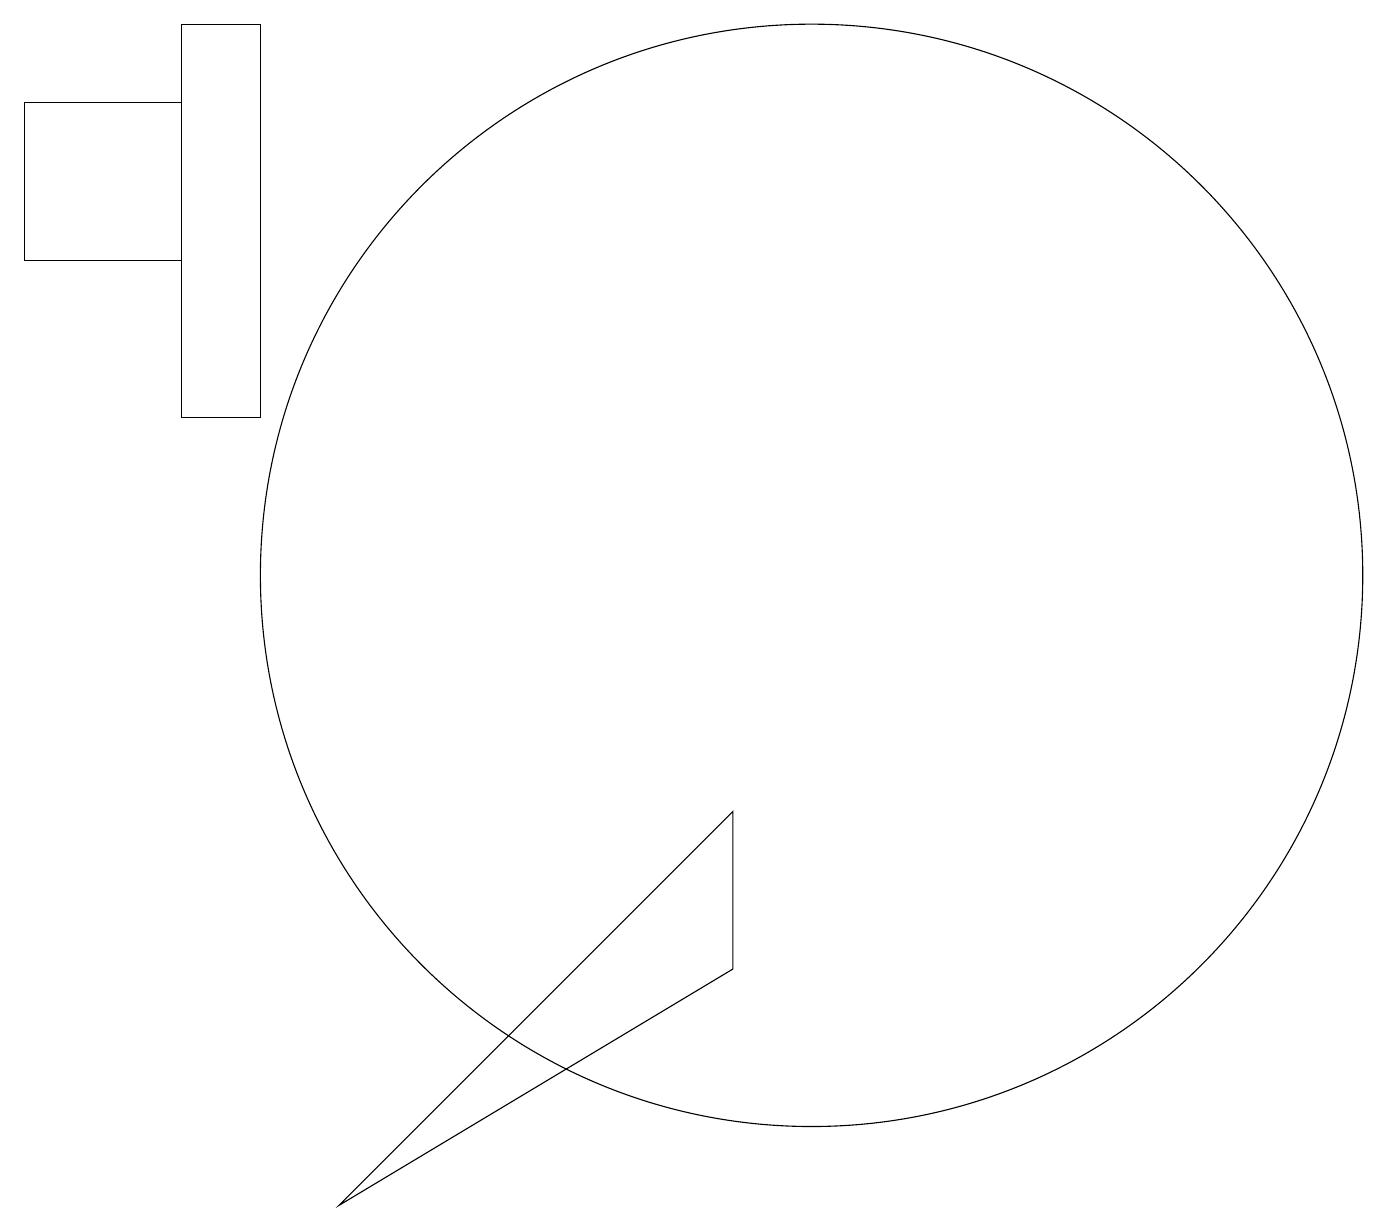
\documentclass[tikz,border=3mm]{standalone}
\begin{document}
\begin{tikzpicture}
\draw (9,9) -- (9,7) -- (4,4) -- cycle;
\draw (2,14) rectangle (3,19);
\draw (0,16) rectangle (2,18);
\draw (10,12) circle (7);
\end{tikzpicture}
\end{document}